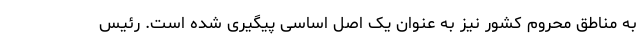
به مناطق محروم کشور نیز به عنوان یک اصل اساسی پیگیری شده است. رئیس